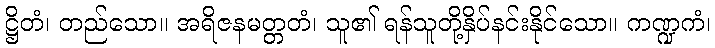
ဋ္ဌိတံ၊ တည်သော။ အရိဇနမတ္တတံ၊ သူ၏ ရန်သူတို့နှိပ်နင်းနိုင်သော။ ကဏ္ဍကံ၊